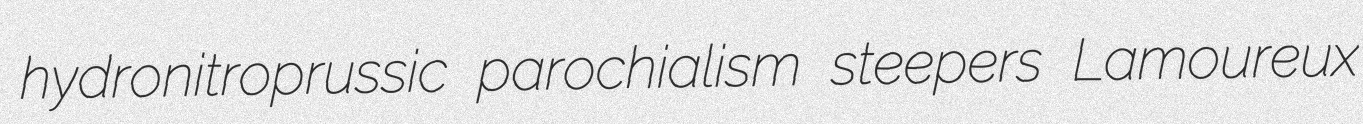
hydronitroprussic parochialism steepers Lamoureux